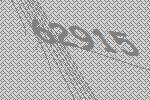
62915